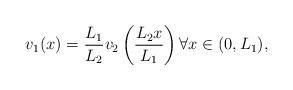
LaTeX: \begin{align*}v_{1}(x)=\frac{L_{1}}{L_{2}}v_{2}\left(\frac{L_{2}x}{L_{1}}\right)\forall x\in(0,L_{1}),\end{align*}